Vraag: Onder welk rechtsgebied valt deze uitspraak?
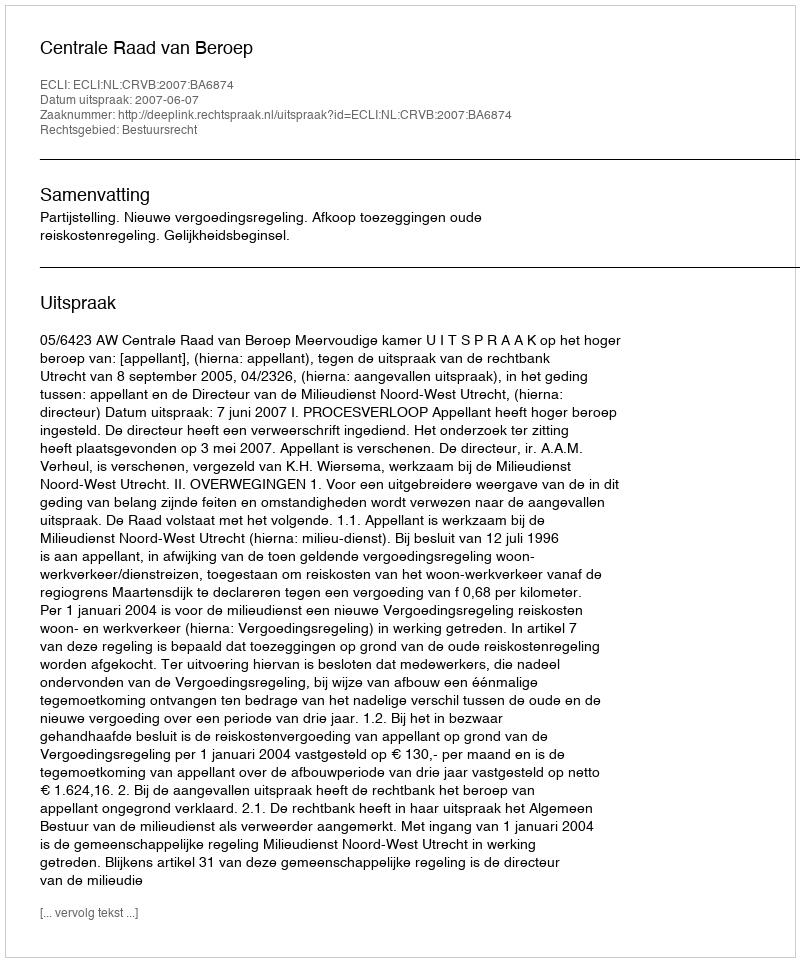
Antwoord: Bestuursrecht